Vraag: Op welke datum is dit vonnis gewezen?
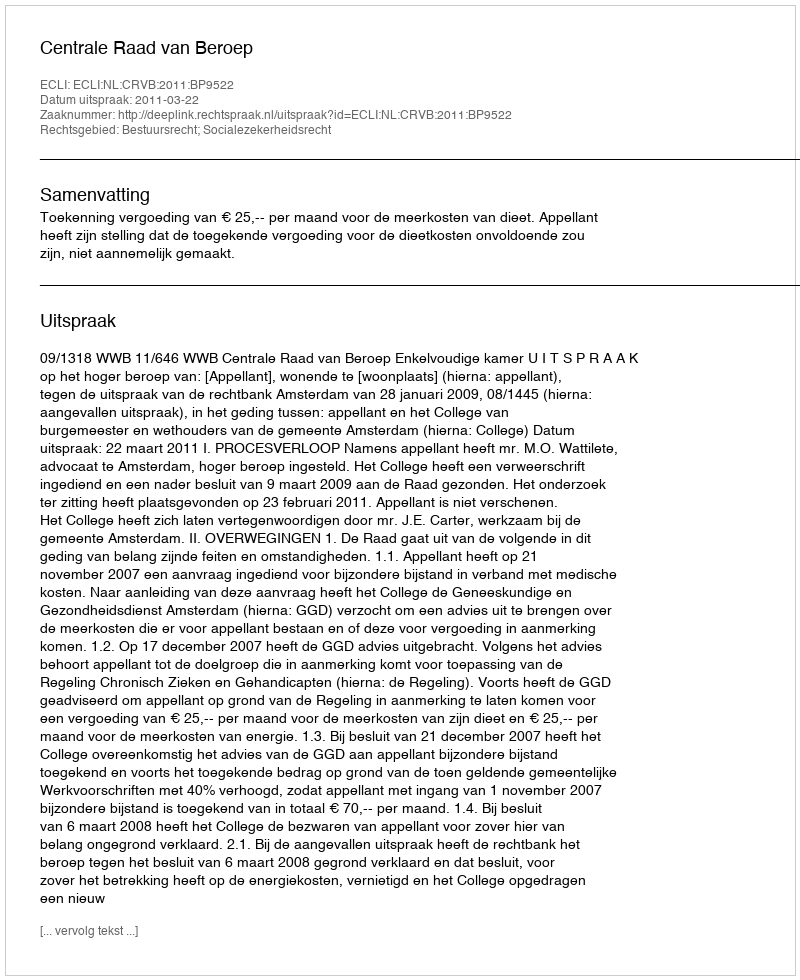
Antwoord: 2011-03-22